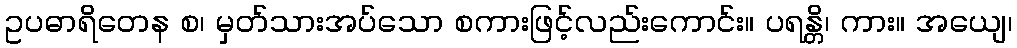
ဥပဓာရိတေန စ၊ မှတ်သားအပ်သော စကားဖြင့်လည်းကောင်း။ ပရန္တိ၊ ကား။ အယျေ၊